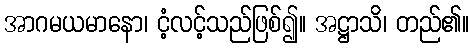
အာဂမယမာနော၊ ငံ့လင့်သည်ဖြစ်၍။ အဋ္ဌာသိ၊ တည်၏။